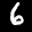
Label: 6